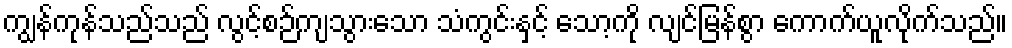
ကျွန်ကုန်သည်သည် လွင့်စဉ်ကျသွားသော သံကွင်းနှင့် သော့ကို လျင်မြန်စွာ ကောက်ယူလိုက်သည်။